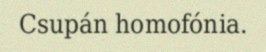
Csupán homofónia.